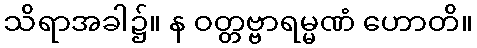
သိရာအခါ၌။ န ဝတ္တဗ္ဗာရမ္မဏံ ဟောတိ။